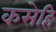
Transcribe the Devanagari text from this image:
कसेहि